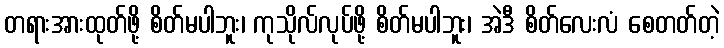
တရားအားထုတ်ဖို့ စိတ်မပါဘူး၊ ကုသိုလ်လုပ်ဖို့ စိတ်မပါဘူး၊ အဲဒီ စိတ်လေးလံ စေတတ်တဲ့